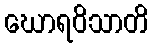
ဃောရဝိသာတိ